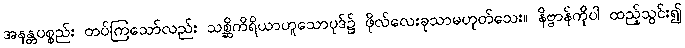
အနန္တပစ္စည်း တပ်ကြသော်လည်း သစ္ဆိကိရိယာဟူသောပုဒ်၌ ဖိုလ်လေးခုသာမဟုတ်သေး။ နိဗ္ဗာန်ကိုပါ ထည့်သွင်း၍